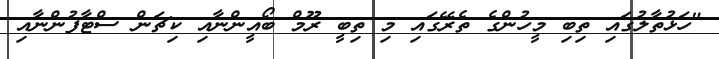
"ހަޅުތާލުގައި ތިބި މީހުންގެ ތެރޭގައި މި ތިބީ ރޫމް ބޯއީންނާއި ކިޗަން ސްޓާފުންނާއި